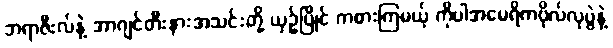
ဘရာဇီးလ်နဲ့ အာဂျင်တီးနားအသင်းတို့ ယှဉ်ပြိုင် ကစားကြမယ့် ကိုပါအမေရိကဗိုလ်လုပွဲနဲ့